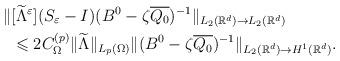
LaTeX: \begin{align*}\Vert & [\widetilde{\Lambda}^\varepsilon](S_\varepsilon -I)(B^0-\zeta\overline{Q_0})^{-1}\Vert _{L_2(\mathbb{R}^d)\rightarrow L_2(\mathbb{R}^d)}\\&\leqslant 2 C_\Omega ^{(p)}\Vert \widetilde{\Lambda}\Vert _{L_p(\Omega)}\Vert (B^0-\zeta\overline{Q_0})^{-1}\Vert _{L_2(\mathbb{R}^d)\rightarrow H^1(\mathbb{R}^d)}.\end{align*}